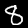
Label: 8